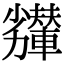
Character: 𠣇